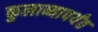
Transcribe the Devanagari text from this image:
कुलाब्यापर्यंत